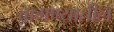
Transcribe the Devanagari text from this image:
वागण्यातील